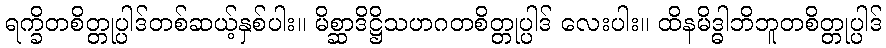
ရက္ခိတစိတ္တုပ္ပါဒ်တစ်ဆယ့်နှစ်ပါး။ မိစ္ဆာဒိဋ္ဌိသဟဂတစိတ္တုပ္ပါဒ် လေးပါး။ ထိနမိဒ္ဓါဘိဘူတစိတ္တုပ္ပါဒ်